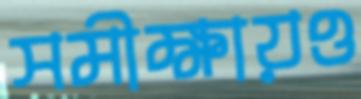
সমীক্ষায়ও